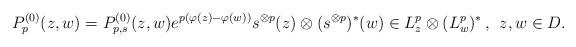
LaTeX: \begin{align*}P_{p}^{(0)}(z,w)=P_{p,s}^{(0)}(z,w)e^{p(\varphi(z)-\varphi(w))}s^{\otimes p}(z)\otimes (s^{\otimes p})^*(w) \in L^p_z\otimes (L^p_w)^*\,,\:\:z,w\in D.\end{align*}